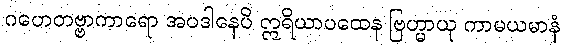
ဂဟေတဗ္ဗာကာရော အပဒါနေပိ ဣရိယာပထေန ဗြဟ္မာယု ကာမယမာနံ